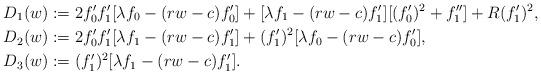
LaTeX: \begin{align*}D_1(w)&:=2f'_0f'_1[\lambda f_0-(rw-c)f'_0]+[\lambda f_1-(rw-c)f'_1][(f'_0)^2+f''_1]+R(f'_1)^2,\\D_2(w)&:=2f'_0f'_1[\lambda f_1-(rw-c)f'_1]+(f'_1)^2[\lambda f_0-(rw-c)f'_0],\\D_3(w)&:=(f'_1)^2[\lambda f_1-(rw-c)f'_1].\end{align*}